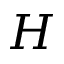
H